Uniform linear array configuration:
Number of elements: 64
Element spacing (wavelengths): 0.25
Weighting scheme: cosine
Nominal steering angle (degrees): -60
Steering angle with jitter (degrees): -61.572
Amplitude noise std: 0.05
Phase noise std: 0.05

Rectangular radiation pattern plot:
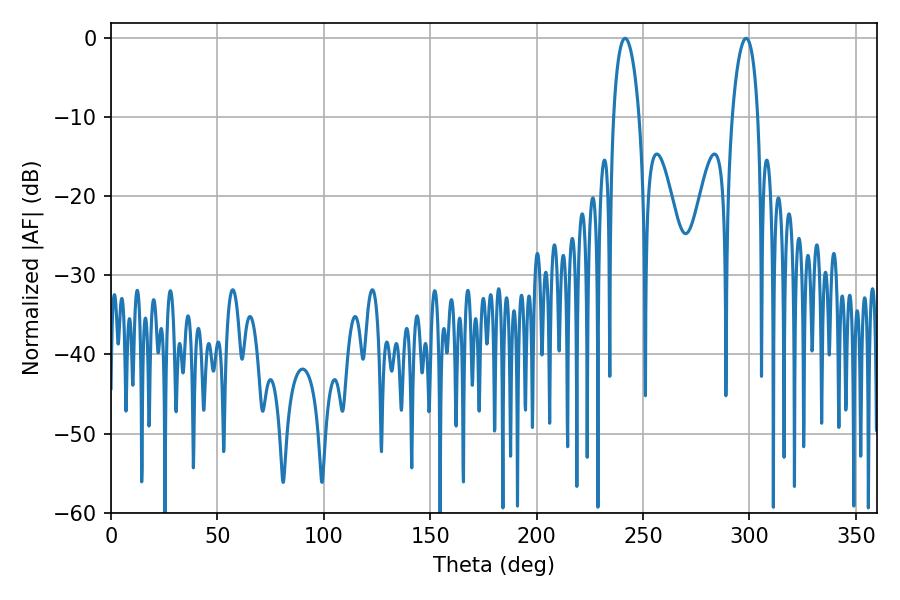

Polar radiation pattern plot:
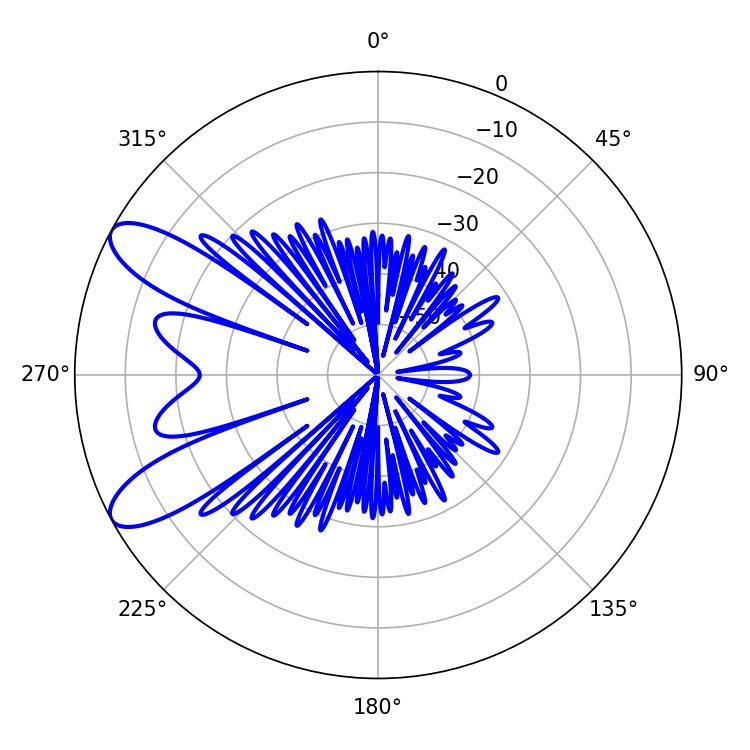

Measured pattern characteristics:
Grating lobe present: FALSE
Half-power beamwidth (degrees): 6.84
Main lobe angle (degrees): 241.56